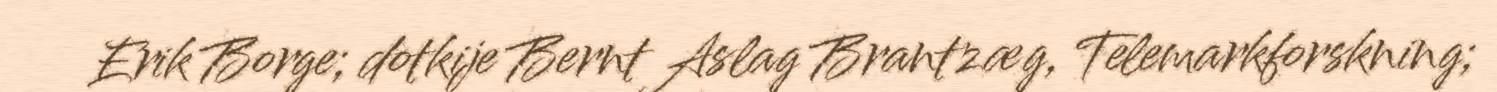
Erik Borge; dotkije Bernt Aslag Brantzæg, Telemarkforskning;